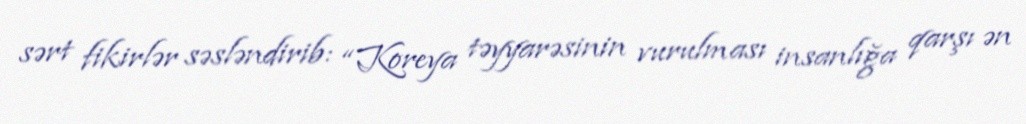
sərt fikirlər səsləndirib: “Koreya təyyarəsinin vurulması insanlığa qarşı ən